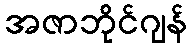
အဇာဘိုင်ဂျန်